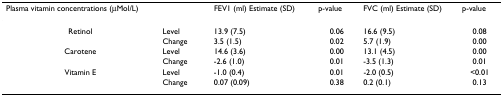
<table><thead><tr><td><b>Plasma vitamin concentrations (μMol/L)</b></td><td></td><td><b>FEV1 (ml) Estimate (SD)</b></td><td><b>p-value</b></td><td><b>FVC (ml) Estimate (SD)</b></td><td><b>p-value</b></td></tr></thead><tbody><tr><td>Retinol</td><td>Level</td><td>13.9 (7.5)</td><td>0.06</td><td>16.6 (9.5)</td><td>0.08</td></tr><tr><td></td><td>Change</td><td>3.5 (1.5)</td><td>0.02</td><td>5.7 (1.9)</td><td>0.00</td></tr><tr><td>Carotene</td><td>Level</td><td>14.6 (3.6)</td><td>0.00</td><td>13.1 (4.5)</td><td>0.00</td></tr><tr><td></td><td>Change</td><td>-2.6 (1.0)</td><td>0.01</td><td>-3.5 (1.3)</td><td>0.01</td></tr><tr><td>Vitamin E</td><td>Level</td><td>-1.0 (0.4)</td><td>0.01</td><td>-2.0 (0.5)</td><td>&lt;0.01</td></tr><tr><td></td><td>Change</td><td>0.07 (0.09)</td><td>0.38</td><td>0.2 (0.1)</td><td>0.13</td></tr></tbody></table>